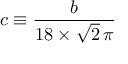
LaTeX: c \equiv \frac { b } { 1 8 \times \sqrt { 2 } \, \pi }